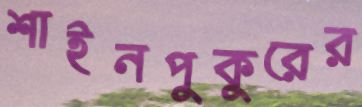
শাইনপুকুরের